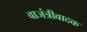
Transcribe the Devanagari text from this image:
वाजंत्रीवादक